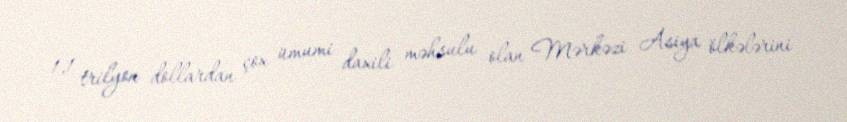
1,1 trilyon dollardan çox ümumi daxili məhsulu olan Mərkəzi Asiya ölkələrini